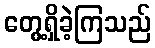
တွေ့ရှိခဲ့ကြသည်